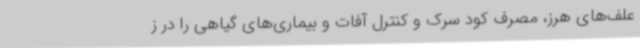
علف‌های هرز، مصرف کود سرک و کنترل آفات و بیماری‌های گیاهی را در ز